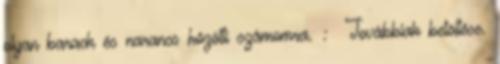
olyan barack és narancs közötti számomra. : Továbbiak betöltése.